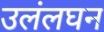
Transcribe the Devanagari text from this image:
उलंलघन